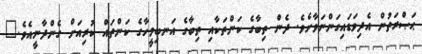
ޙަޞްރަތުން އެދިވަޑައިގަންނަވާށެވެ. ދެން ތިބާގެ ކަންތަކާއި ތިބާގެ އަނބިމީހާގެ ކަންތައް ކުރިއަށް ގެންދާނީއެވެ."